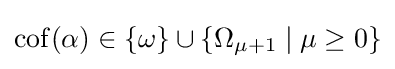
\operatorname {cof} (\alpha )\in \{\omega \}\cup \{\Omega _{\mu +1}\mid \mu \geq 0\}